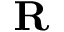
{ \bf R }